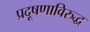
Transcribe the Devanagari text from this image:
प्रदूषणाविरुद्ध